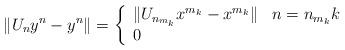
LaTeX: \begin{align*}\Vert U_{n}y^{n}-y^{n}\Vert =\left\{ \begin{array}{ll}\Vert U_{n_{m_{k}}}x^{m_{k}}-x^{m_{k}}\Vert & n=n_{m_{k}}k \\ 0 & \end{array}\right.\end{align*}